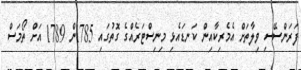
ފަރަންސޭސި ވިލާތަށް އެމެރިކާއިން ކަނޑައެޅި މިނިސްޓަރެއްގެ ގޮތުގައި 1785ން 1789 އަށް ތޯމަސް